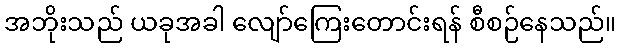
အဘိုးသည် ယခုအခါ လျော်ကြေးတောင်းရန် စီစဉ်နေသည်။